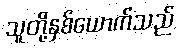
သူတို့နှစ်ယောက်သည်